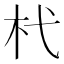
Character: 杙